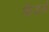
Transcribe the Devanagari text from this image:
फेंडर्ड